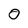
Character: 0